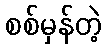
စစ်မှန်တဲ့